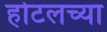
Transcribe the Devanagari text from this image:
होटलच्या